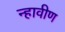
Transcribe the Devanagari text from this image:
न्हावीण